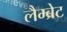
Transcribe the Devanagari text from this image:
लैम्ब्रेट